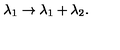
\lambda _ { 1 } \to \lambda _ { 1 } + \lambda _ { 2 } .